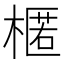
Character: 𣘗